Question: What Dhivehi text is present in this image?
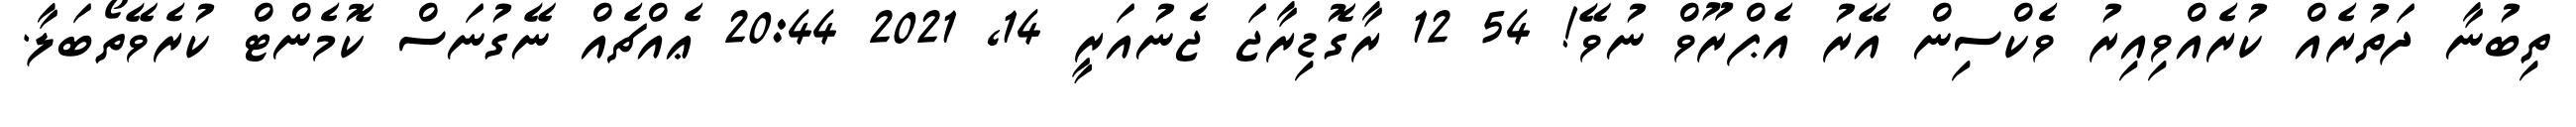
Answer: ތިބުނާ ދަތުރެއް ކުރެއްވިއިރު ވެކްސިން އޭރު އެޕްރޫވް ނުވޭ! 54 12 ރާގޮޑިރާޖަ ޖެނުއަރީ 14, 2021 20:44 ޢެއްޗެއް ނޭގުނަސް ކޮމެންޓް ކުރެވޭތޯބަލާ.